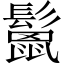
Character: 鬛